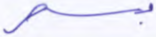
بسحر